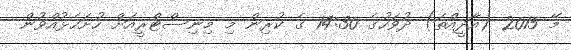
މޭ 2015 (އާދީއްތަ) ދުވަހުގެ 14:30 ގެ ކުރިން މި މިނިސްޓްރީއަށް ހުށަހެޅުއްވުން